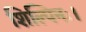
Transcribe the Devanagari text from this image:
शिल्पिनः।